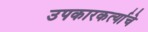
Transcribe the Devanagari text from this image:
उपकारकर्त्याचे